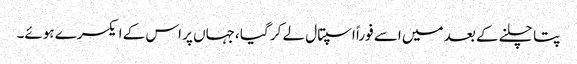
پتا چلنے کے بعد میں اسے فوراً اسپتال لے کر گیا ،جہاں پر اس کے ایکسرے ہوئے۔